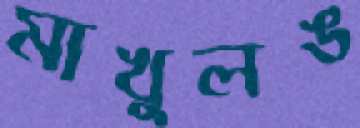
মাখুলঙ